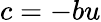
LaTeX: c=-bu